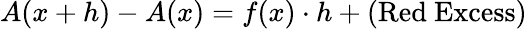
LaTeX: A(x+h)-A(x)=f(x)\cdot h+({\mathrm{Red~Excess}})